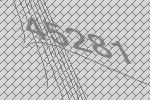
45281